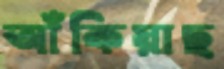
আঁকিয়াছ